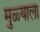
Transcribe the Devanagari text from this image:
मुळ्याला